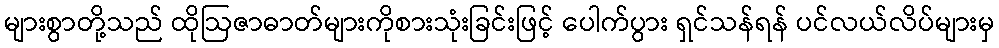
များစွာတို့သည် ထိုဩဇာဓာတ်များကိုစားသုံးခြင်းဖြင့် ပေါက်ပွား ရှင်သန်ရန် ပင်လယ်လိပ်များမှ